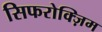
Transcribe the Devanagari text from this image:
सिफरोक्ज़िम